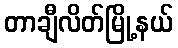
တာချီလိတ်မြို့နယ်